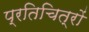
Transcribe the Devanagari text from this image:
प्रतिचित्रों